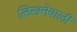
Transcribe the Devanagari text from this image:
लिखनेवाली